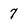
Character: 7